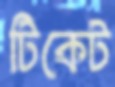
টিকেট